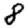
Digit: 8